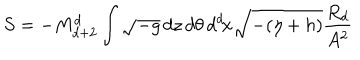
S = - M _ { d + 2 } ^ { d } \int \sqrt { - g } \, d z \, d \theta \, d ^ { d } \! x \sqrt { - ( \eta + h ) } \frac { R _ { d } } { A ^ { 2 } }